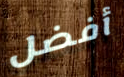
أفضل